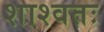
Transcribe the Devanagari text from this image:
शाश्वतः